Tezpur Lunatic Asylum reports 1877-1894 - 1877-1894
Year: 1877
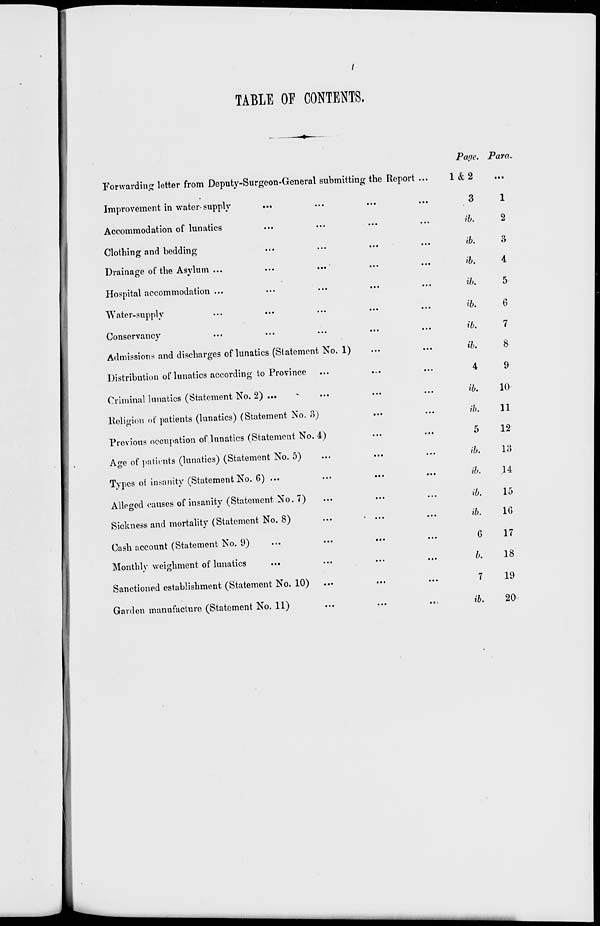
TABLE OF CONTENTS.
Forwarding letter from Deputy-Surgcon-General submitting the Report ...
Improvement in water- supply
...
Accommodation of lunatics
Clothing and bedding
Drainage of the Asylum ...
...
...
Hospital accommodation ...
Water-supply
Conservancy
Admissions and discharges of lunatics (Statement No. 1)
Distribution of lunatics according to Province
Criminal lunatics (Statement No. 2) ...
Religion of patients (lunatics) (Statement No. 3)
Previous occupation of lunatics (Statement No. 4)
Age of patients (lunatics) (Statement No. 5)
Types ot insanity (StatementNo. 6) ...
Alleged causes of insanity (Statement No. 7)
Sickness and mortality (Statement No. 8)
...
• ...
Cash account (Statement No. 9)
Monthly weighment of lunatics
Sanctioned establishment (Statement No. 10)
Garden manufacture (Statement No. 11)
Payc. Para
&2
...
3
1
ib.
2
ib.
3
ib.
4
ib.
5
ib.
6
ib.
7
ib.
8
4
9
ib.
10
ib.
11
5
12
ib.
13
ib.
.14
ib.
15
ib.
10
6
17
b.
18
7
19
ib.
20